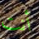
أنت